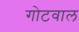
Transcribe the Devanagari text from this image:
गोटवाल